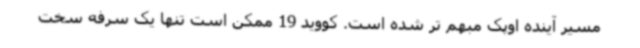
مسیر آینده اوپک مبهم تر شده است. کووید 19 ممکن است تنها یک سرفه سخت